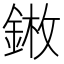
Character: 𨨦